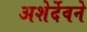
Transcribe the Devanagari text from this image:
अशेर्देवने